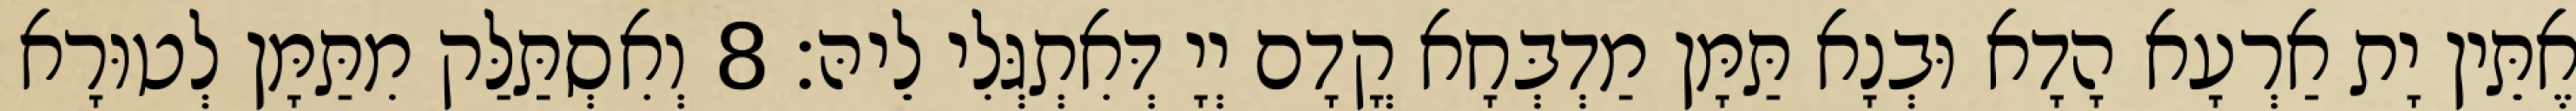
אֶתֵּין יָת אַרְעָא הָדָא וּבְנָא תַּמָּן מַדְבְּחָא קֳדָם יְיָ דְּאִתְגְּלִי לֵיהּ׃ 8 וְאִסְתַּלַּק מִתַּמָּן לְטוּרָא